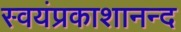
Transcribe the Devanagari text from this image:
स्वयंप्रकाशानन्द